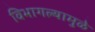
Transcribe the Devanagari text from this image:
विभागल्यामुळे